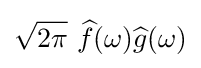
{\sqrt {2\pi }}\ {\widehat {f}}(\omega ){\widehat {g}}(\omega )